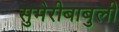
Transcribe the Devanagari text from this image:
सुमेरीबाबुली